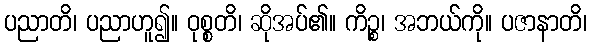
ပညာတိ၊ ပညာဟူ၍။ ဝုစ္စတိ၊ ဆိုအပ်၏။ ကိဉ္စ၊ အဘယ်ကို။ ပဇာနာတိ၊